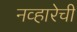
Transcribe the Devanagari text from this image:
नव्हारेची